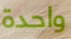
واحدة